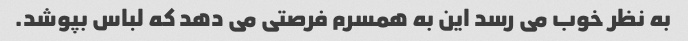
به نظر خوب می رسد این به همسرم فرصتی می دهد که لباس بپوشد.